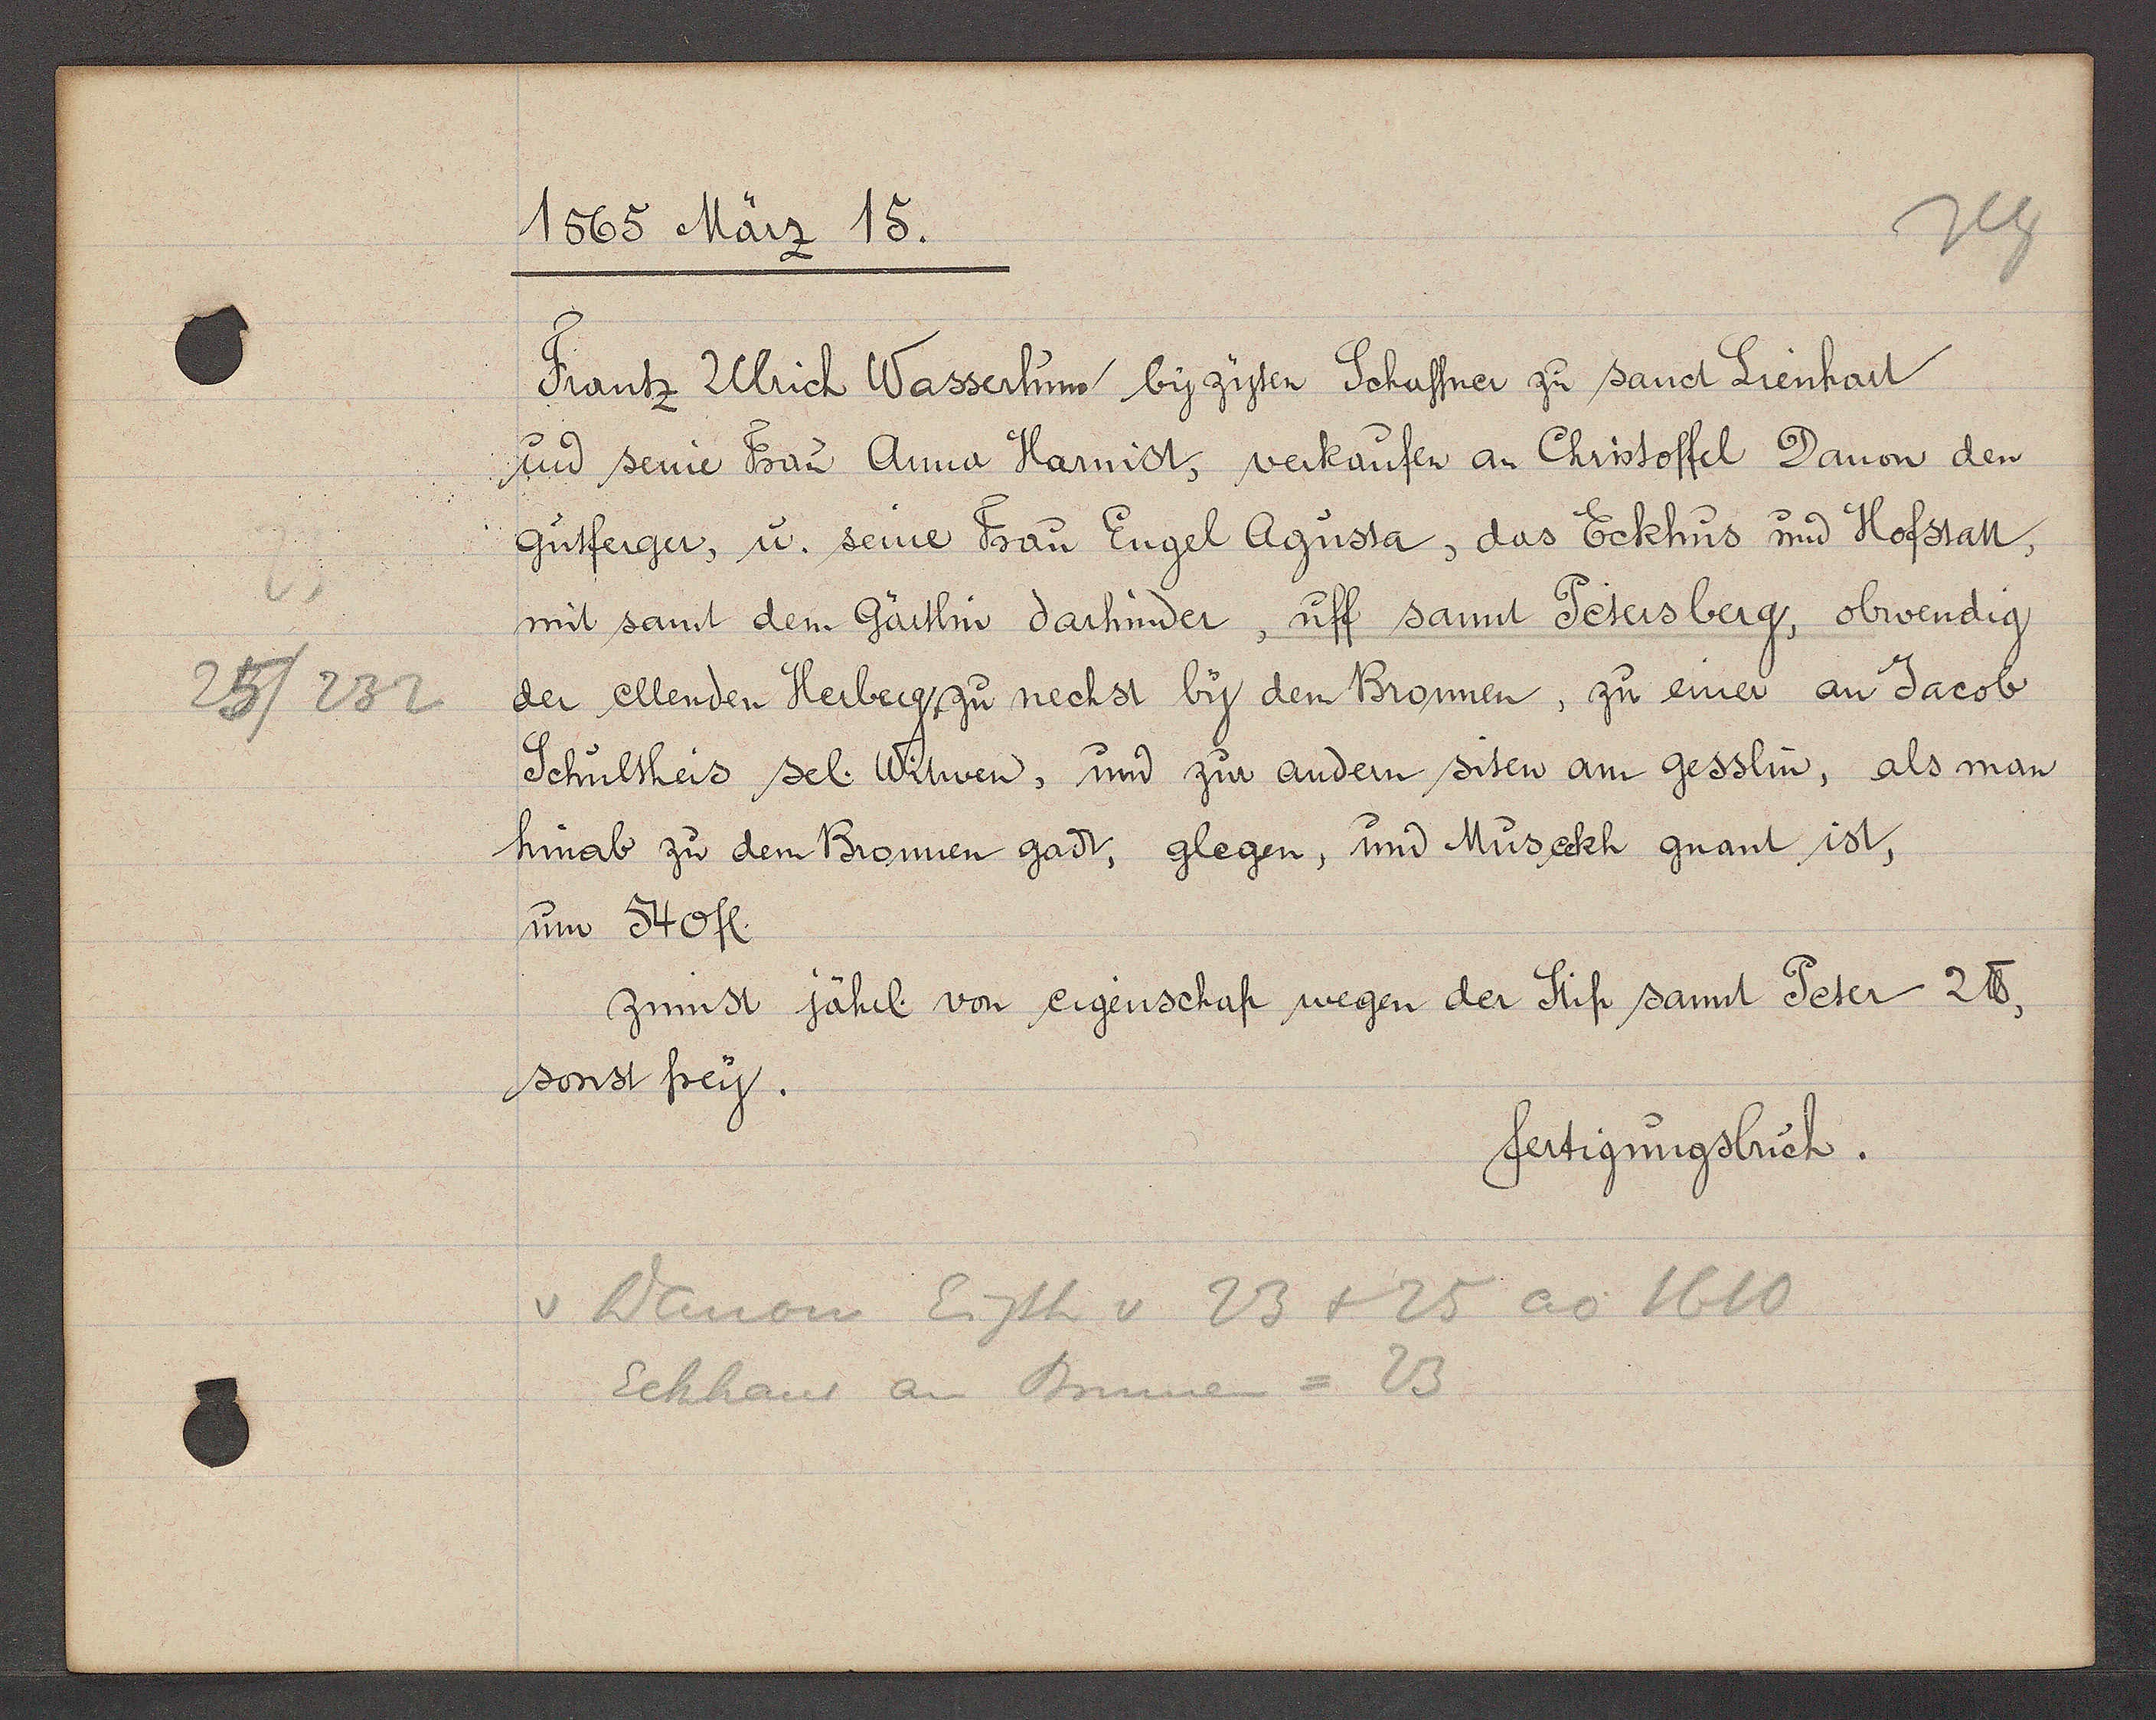
Transcript:
25/232

1565 März 15.

Frantz Ulrich Wasserhun by zyten Schaffner zu sand Lienhart
und seine Frau Anna Harnist, verkaufen an Christoffel Danon den
Gutferger, u. seine Frau Engel Agusta, das Eckhus und Hofstatt,
mit sant dem Gärtlin darhinder, uff sannt Petersberg, obwendig
der ellenden Herberg zu nechst by dem Bronnen, zu einer an Jacob
Schultheis sel. Witwen, und zur andern siten am gesslin, als man
hinab zu dem Bronnen gadt, glegen, und Müseckh gnant ist,
um 540fl.
zinnst jährl. von eigenschaft wegen der Stift sannt Peter 2 ℔.
sonst frey.

fertigungsbuch.

v Danon Eigth v 23 + 25 ao 1610
Eckhaus an Brunnen = 23